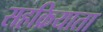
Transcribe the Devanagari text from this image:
सहक्रियाता